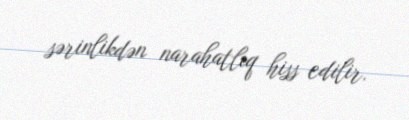
sərinlikdən narahatlıq hiss edilir.